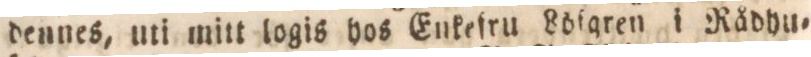
dennes, uti mitt logis hos Enkefru Löſgren i Rådhu=